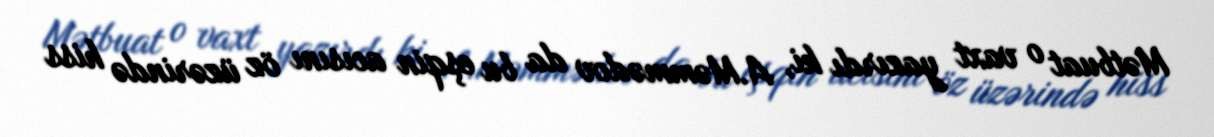
Mətbuat o vaxt yazırdı ki, A.Məmmədov da bu eşqin acısını öz üzərində hiss